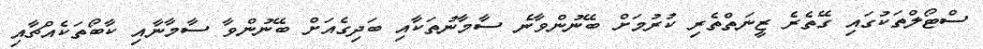
ސްޓޯލްތަކުގައި ގޭތެރެ ޒީނަތްތެރި ކުރުމަށް ބޭނުންވާނެ ސާމާނުތަކާއި ބަދިގެއަށް ބޭނުންވާ ސާމާނާއި ކާބޯތަަކެއްޗާއި